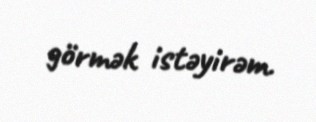
görmək istəyirəm.